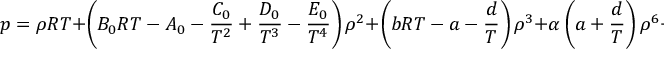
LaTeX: p = \rho R T + \left( B _ { 0 } R T - A _ { 0 } - { \frac { C _ { 0 } } { T ^ { 2 } } } + { \frac { D _ { 0 } } { T ^ { 3 } } } - { \frac { E _ { 0 } } { T ^ { 4 } } } \right) \rho ^ { 2 } + \left( b R T - a - { \frac { d } { T } } \right) \rho ^ { 3 } + \alpha \left( a + { \frac { d } { T } } \right) \rho ^ { 6 } + { \frac { c \rho ^ { 3 } } { T ^ { 2 } } } \left( 1 + \gamma \rho ^ { 2 } \right) \exp \left( - \gamma \rho ^ { 2 } \right)